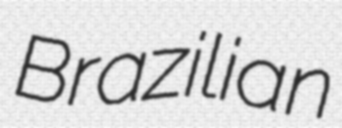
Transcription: Brazilian